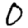
Digit: 0